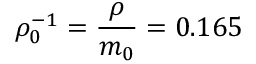
\rho _ { 0 } ^ { - 1 } = \frac { \rho } { m _ { 0 } } = 0 . 1 6 5